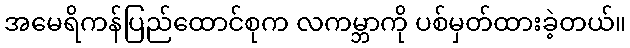
အမေရိကန်ပြည်ထောင်စုက လကမ္ဘာကို ပစ်မှတ်ထားခဲ့တယ်။